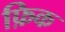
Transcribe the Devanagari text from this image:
फ़िक